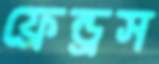
ফ্রেন্ড্রস